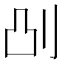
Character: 𫥷